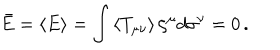
LaTeX: \bar { E } = \left\langle E \right\rangle = \int \left\langle T _ { \mu \nu } \right\rangle \zeta ^ { \mu } d \sigma ^ { \nu } = 0 \, .